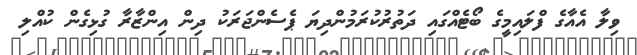
ވިލާ އެއާގެ ފްލައިމީގެ ބޯޓެއްގައި ދަތުރުކުރަމުންދިޔަ ޕެސެންޖަރަކު ދިން އިންޒާރާ ގުޅިގެން ކުއްލި